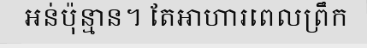
អន់ប៉ុន្មាន។ តែអាហារពេលព្រឹក